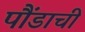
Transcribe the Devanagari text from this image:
पौंडाची